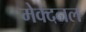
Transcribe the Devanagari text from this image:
मेक्दनल